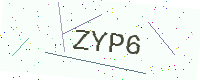
Text: ZYP6